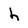
Character: h